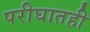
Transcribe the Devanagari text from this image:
परीघातही